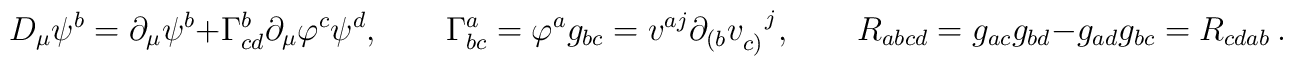
D_\mu \psi^b= \partial_\mu \psi^b+ \Gamma^b_{cd}\partial_\mu \varphi^c \psi^d  ,  \qquad \Gamma^a_{bc}=\varphi^a g_{bc}=v^{aj}\partial _{(b}v_{c)}^{~~j}, \qquad R_{abcd}= g_{ac}g_{bd}-g_{ad}g_{bc}=R_{cdab} ~.